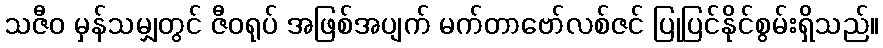
သဇီဝ မှန်သမျှတွင် ဇီဝရုပ် အဖြစ်အပျက် မက်တာဗော်လစ်ဇင် ပြုပြင်နိုင်စွမ်းရှိသည်။